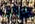
كلاما